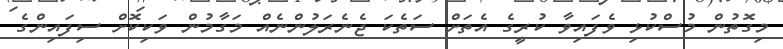
މިގޮތުން މުސްކުޅި ވެފައިވާ ކުރީގެ އެތަށް ސަތެކަ ޖެނެރަލުންނެއް މަގާމުން ވަކިކޮށް ސިފައިންގެ